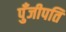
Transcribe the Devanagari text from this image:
पुँजीपति